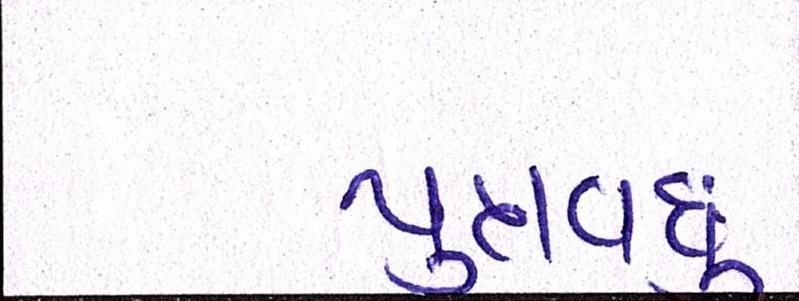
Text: પુત્રવધુ